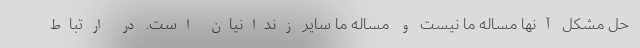
حل مشکل آنها مساله ما نیست و مساله ما سایر زندانیان است. در ارتباط